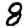
Digit: 8